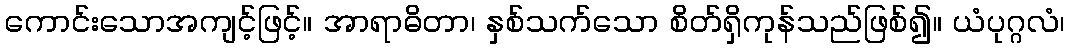
ကောင်းသောအကျင့်ဖြင့်။ အာရာဓိတာ၊ နှစ်သက်သော စိတ်ရှိကုန်သည်ဖြစ်၍။ ယံပုဂ္ဂလံ၊